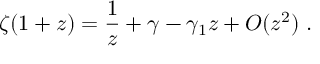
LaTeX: \zeta ( 1 + z ) = { \frac { 1 } { z } } + \gamma - \gamma _ { 1 } z + O ( z ^ { 2 } ) \; .